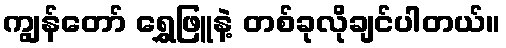
ကျွန်တော် ရွှေဖြူနဲ့ တစ်ခုလိုချင်ပါတယ်။